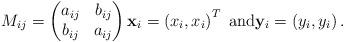
LaTeX: \begin{align*}M_{ij}=\begin{pmatrix}a_{ij} & b_{ij}\\b_{ij} & a_{ij}\end{pmatrix}\mathbf{x}_{i}=\left( x_{i},x_{i}\right) ^{T}\text{ and}\mathbf{y}_{i}=\left( y_{i},y_{i}\right) .\end{align*}